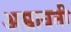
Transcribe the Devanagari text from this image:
अम्रावती